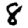
Digit: 8